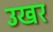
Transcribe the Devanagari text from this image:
उखर